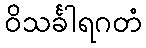
ဝိသင်္ခါရဂတံ